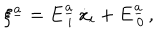
\xi ^ { \underline { { { a } } } } = E _ { \ i } ^ { \underline { { { a } } } } \, \dot { x } _ { i } + E _ { \ 0 } ^ { \underline { { { a } } } } \, ,